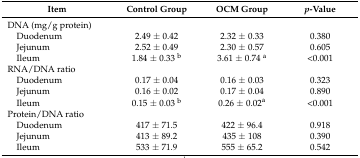
| Item | Control Group | OCM Group | p-Value |
 | --- | --- | --- | --- |
 | DNA (mg/g protein) |  |  |  |
 | Duodenum | 2.49 ± 0.42 | 2.32 ± 0.33 | 0.380 |
 | Jejunum | 2.52 ± 0.49 | 2.30 ± 0.57 | 0.605 |
 | Ileum | 1.84 ± 0.33 b | 3.61 ± 0.74 a | <0.001 |
 | RNA/DNA ratio |  |  |  |
 | Duodenum | 0.17 ± 0.04 | 0.16 ± 0.03 | 0.323 |
 | Jejunum | 0.16 ± 0.02 | 0.17 ± 0.04 | 0.890 |
 | Ileum | 0.15 ± 0.03 b | 0.26 ± 0.02a | <0.001 |
 | Protein/DNA ratio |  |  |  |
 | Duodenum | 417 ± 71.5 | 422 ± 96.4 | 0.918 |
 | Jejunum | 413 ± 89.2 | 435 ± 108 | 0.390 |
 | Ileum | 533 ± 71.9 | 555 ± 65.2 | 0.542 |